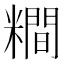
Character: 𥼴